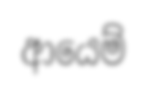
ආයෙම්